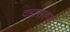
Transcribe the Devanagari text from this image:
दहासहस्र